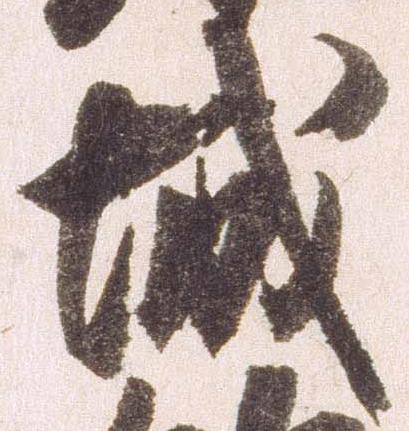
城